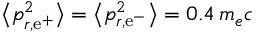
\big < p _ { r , \mathrm { e } ^ { + } } ^ { 2 } \big > = \big < p _ { r , \mathrm { e } ^ { - } } ^ { 2 } \big > = 0 . 4 \, m _ { e } c